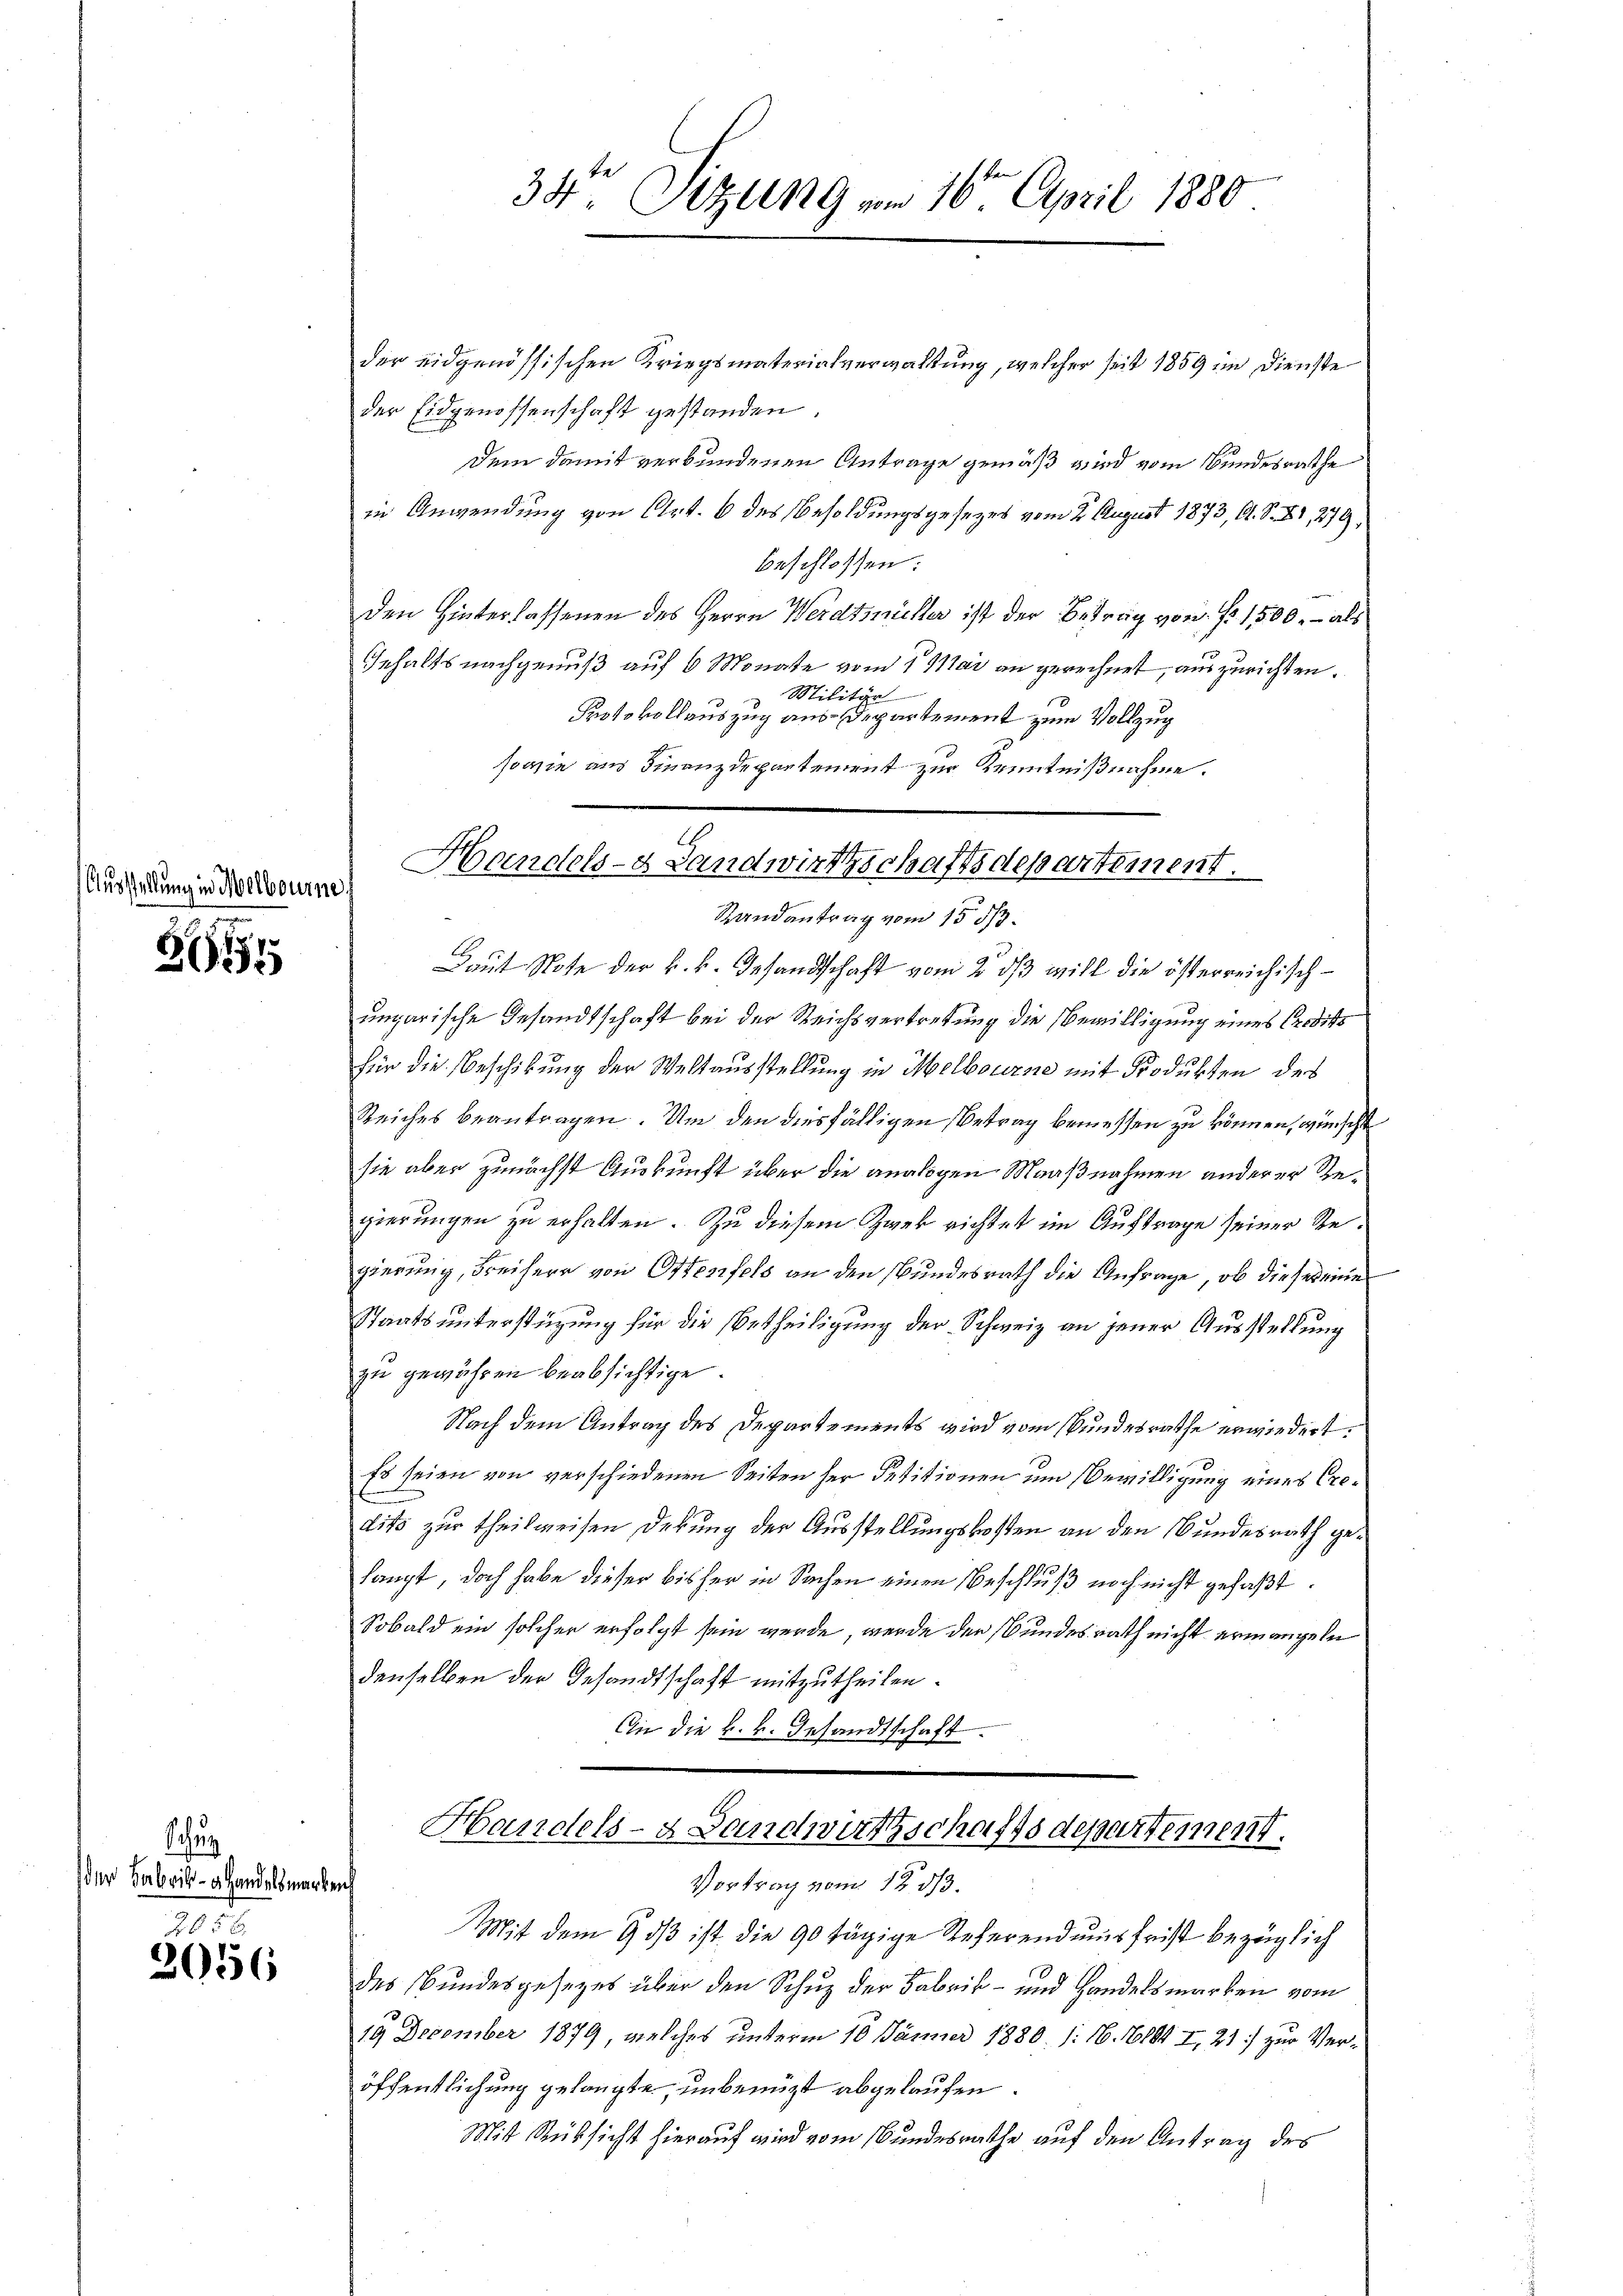
Ausstellung in Melbourne

2611

schung
der Fabrik- u Handelsmark

265 x
2056

der eidgenössischen Kriegsmaterialverwaltung, welcher seit 1859 im Dienste
der Eidgenossenschaft gestanden.
Dem damit verbundenen Antrage gemäß wird vom Bundesrathe
in Anwendung von Art. 6 des Besoldungsgesezes vom 2. August 1873, A. S. XI, 279,
beschlossen:
den Hinterlassenen des Herrn Werdmüller ist der Betrag von Fr. 1500, – als
Gehalts nachgenuß auf 6 Monate vom 1. Mai an gerechnet, auszurichten.
 Militär
Protokollauszug aus Departement zum Vollzug
sowie aus Finanzdepartement zur Kenntnißnahme.
Handels- Landwirthschaftsdepartement.

34te Sitzung vom 16ten April 1880

Randantrag vom 15. 513.

Haut Note der k. k. Gesandtschaft vom 2. ds will die österreichisch-
ungarische Gesandtschaft bei der Reichsvertretung die Bewilligung eines Crodits
für die Beschikung der Weltausstellung in Melbourne mit Frodukten des
Reiches beantragen. Um den diesfälligen Betrag bemessen zu können, wünscht
sie aber zunächst Auskunft über die analogen Maaßnahmen anderer Regierungen zu erhalten. Zu diesem Zwek richtet im Auftrage seiner Regierung, Freiherr von Ottenfels an den Bundesrath die Anfrage, ob dieser eine
Staatsunterstüzung für die Ertheiligung der Schweiz an jener Ausstellung
zu gewähren beabsichtige.
Nach dem Antrag des Departements wird vom Bundesrathe erwiedert.
Es seien von verschiedenen Seiten her Petitionen um Bewilligung eines Crelits zur theilweisen Debung der Ausstellungskosten an den Bundesrath gelangt, doch habe dieser bisher in Sachen einen Beschluß noch nicht gefaßt.
Sobald ein solcher erfolgt sein werde, werde der Bundesrath nicht ermangele
denselben der Gesandtschaft mitzutheilen.
An die k. k. Gesandtschaft

Handels- & Landwirtschaftsdepartement.
Vortrag vom 12 1/3.
s

Mit dem 9. dβ ist die 90 tägige Referend uns frist bezüglich
des Bundesgesetzes über den Schuz der Fabrik- und Handelsmarken vom
19 December 1879, welches unterm 10. Jänner 1880. /: 16. 1004 I, 21) zur Veröffentlichung gelangte unbenützt abgelaufen
Mit Rüksicht hierauf wird vom Bundesrathe auf den Antrag des